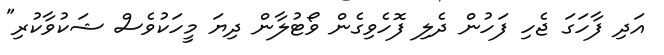
އަދި ފާހަގަ ޖެހި ފަހުން ދެލި ފޮހެވިގެން ވޯޓުލާން ދިޔަ މީހަކުވެސް ޝަކުވާކުރި"